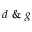
d \ \& \ g